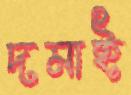
দমাই